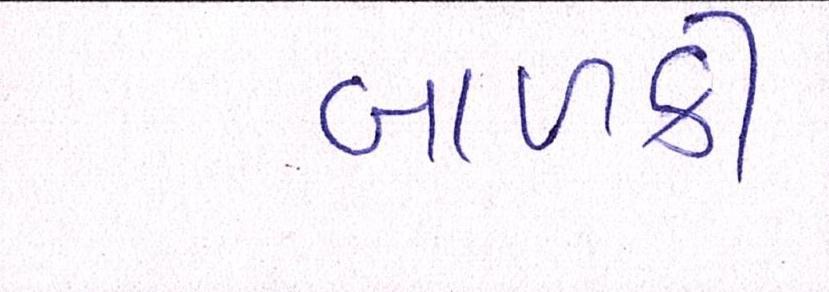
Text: બાળકી